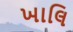
ખાલિ